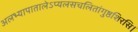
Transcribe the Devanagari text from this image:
अलभ्यापातालेऽप्यलसचलितांगुष्ठशिरसि।